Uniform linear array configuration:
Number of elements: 64
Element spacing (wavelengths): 0.75
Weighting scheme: binomial
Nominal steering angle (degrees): -60
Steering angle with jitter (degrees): -61.635
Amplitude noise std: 0.05
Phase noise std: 0.05

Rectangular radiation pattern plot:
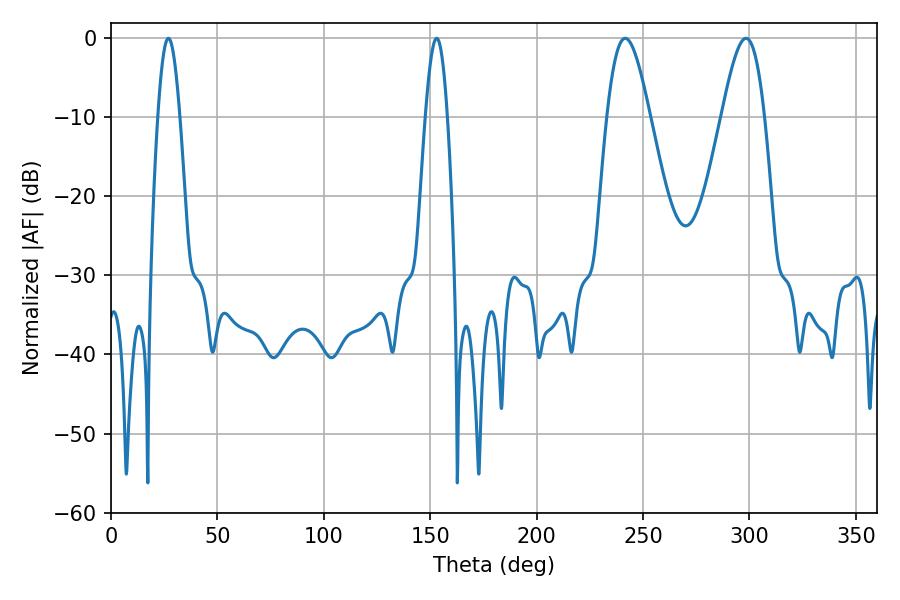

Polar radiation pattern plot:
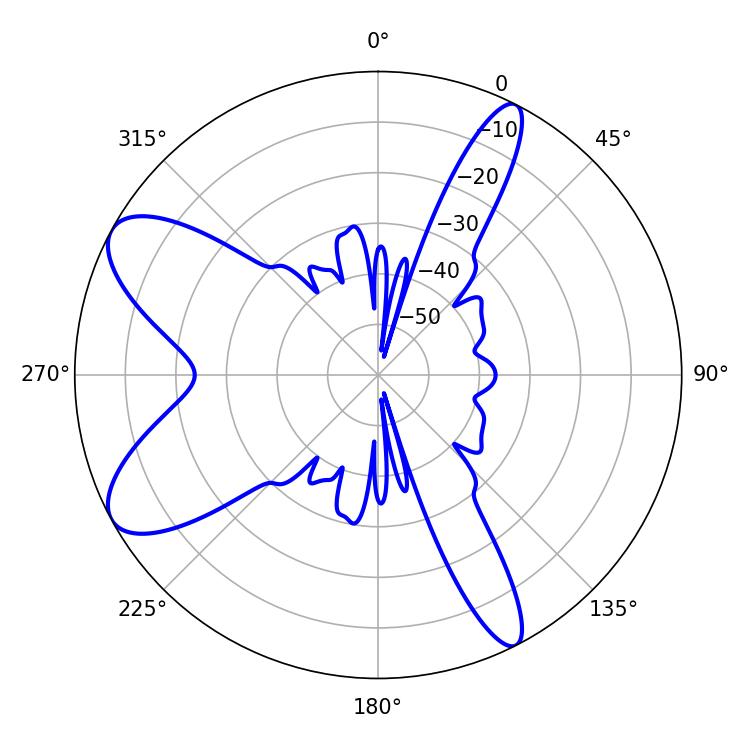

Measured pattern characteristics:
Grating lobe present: TRUE
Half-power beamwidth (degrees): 5.58
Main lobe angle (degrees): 27